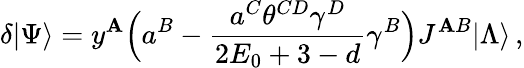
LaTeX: \delta|\Psi\rangle=y^{\mathbf{A}}\Bigl(a^{B}-\frac{{a^{C}\theta^{CD}\gamma^{D}}}{{2E_{0}+3-d}}\gamma^{B}\Bigr)J^{\mathbf{A}B}|\Lambda\rangle\, ,